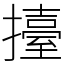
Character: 擡